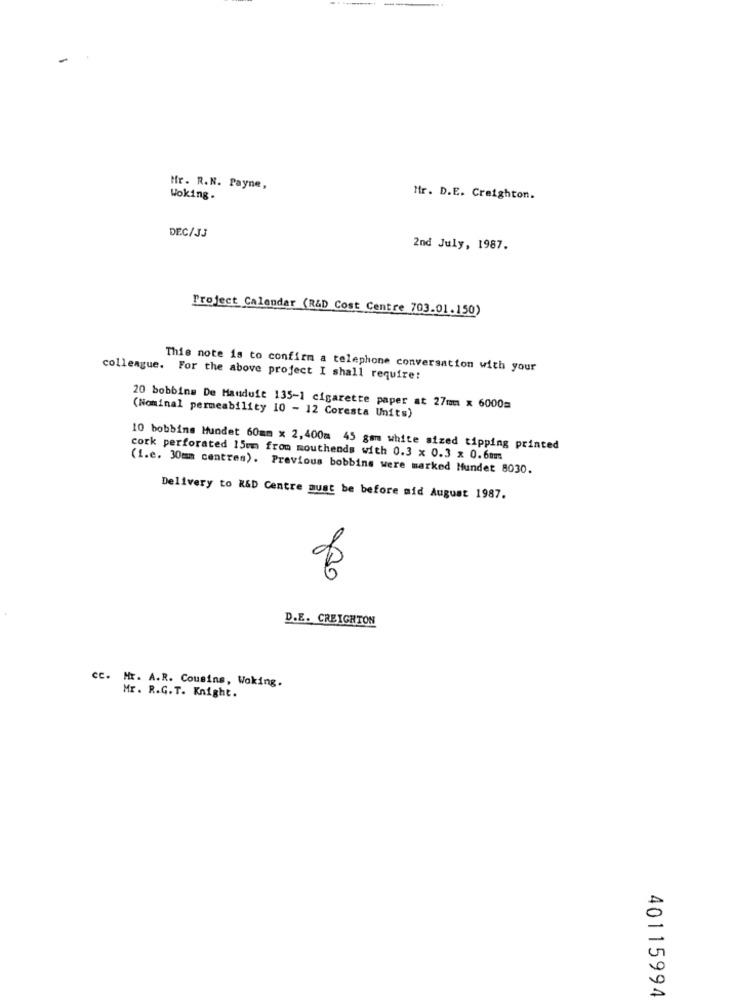
--
Mr. R.N. Payne,
Woking.
Mfr. D.E. Creighton.
DEC/JJ
2nd July, 1987.
Project Calendar (R&D Cost Centre 703.01.150)
This note is to confirm a telephone conversation with your
colleague. For the above project I shall require:
20 bobbins De Manduft 135-1 cigarette paper at 27mm x 6000m
(Nominal permeability 10 - 12 Coresta Units)
10 bobbins Hundet 60mm x 2,400m 45 gsm white sized tipping printed
cork perforated 15mm from mouthends with 0.3 x 0.3 x 0.6mm
(i.e. 30mm centres). Previous bobbins were marked Mundet 8030.
Delivery to R&D Centre must be before mid August 1987.
of
D.E. CREIGHTON
cc. Mr. A.R. Cousins, Woking.
Mr. R.G. T. Knight.
40115994